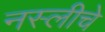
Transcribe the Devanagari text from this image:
नस्लीचे